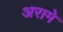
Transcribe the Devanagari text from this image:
अरामे